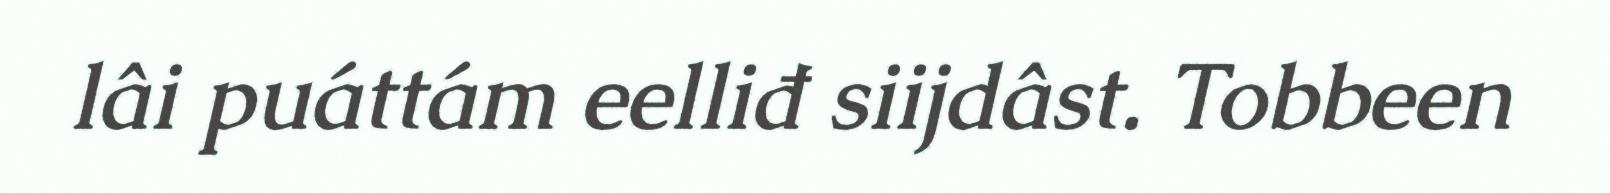
lâi puáttám eelliđ siijdâst. Tobbeen